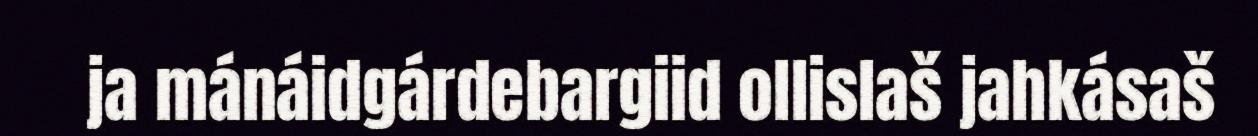
ja mánáidgárdebargiid ollislaš jahkásaš